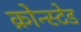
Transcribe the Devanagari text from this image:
क्रोन्स्टेड